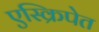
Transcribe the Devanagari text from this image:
एस्क्रिपेत